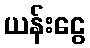
ယန်းငွေ